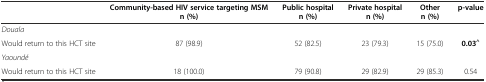
<table><thead><tr><td></td><td><b>Community-based HIV service targeting MSM n (%)</b></td><td><b>Public hospital n (%)</b></td><td><b>Private hospital n (%)</b></td><td><b>Other n (%)</b></td><td><b>p-value</b></td></tr></thead><tbody><tr><td><i>Douala</i></td><td></td><td></td><td></td><td></td><td></td></tr><tr><td>Would return to this HCT site</td><td>87 (98.9)</td><td>52 (82.5)</td><td>23 (79.3)</td><td>15 (75.0)</td><td><b>0.03</b><sup><b>^</b></sup></td></tr><tr><td><i>Yaoundé</i></td><td></td><td></td><td></td><td></td><td></td></tr><tr><td>Would return to this HCT site</td><td>18 (100.0)</td><td>79 (90.8)</td><td>29 (82.9)</td><td>29 (85.3)</td><td>0.54</td></tr></tbody></table>